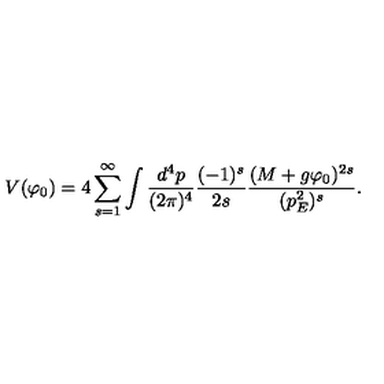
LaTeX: V ( \varphi _ { 0 } ) = 4 \sum _ { s = 1 } ^ { \infty } \int \frac { d ^ { 4 } p } { ( 2 \pi ) ^ { 4 } } \frac { ( - 1 ) ^ { s } } { 2 s } \frac { ( M + g \varphi _ { 0 } ) ^ { 2 s } } { ( p _ { E } ^ { 2 } ) ^ { s } } .